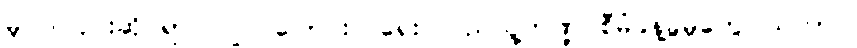
မူဝါဒ ပိုင်းဆိုင်ရာ ပြုပြင်ပြောင်းလဲရေး၊ ပြည်သူ့ဘဏ္ဍ စီမံခန့်ခွဲမှုတွေ၊ သဘာဝ